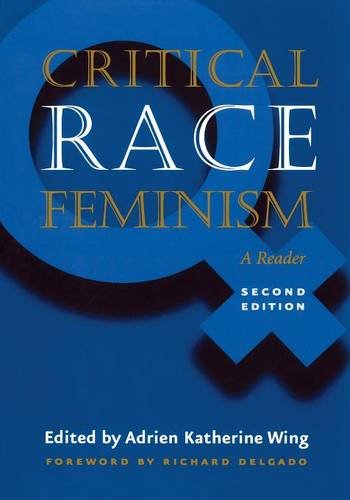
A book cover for Critical Race Feminism: A Reader (Critical America); Law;